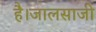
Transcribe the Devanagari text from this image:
है।जालसाजी